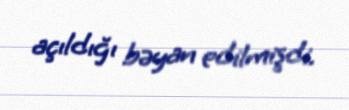
açıldığı bəyan edilmişdi.